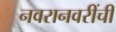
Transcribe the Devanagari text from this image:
नवरानवरींची